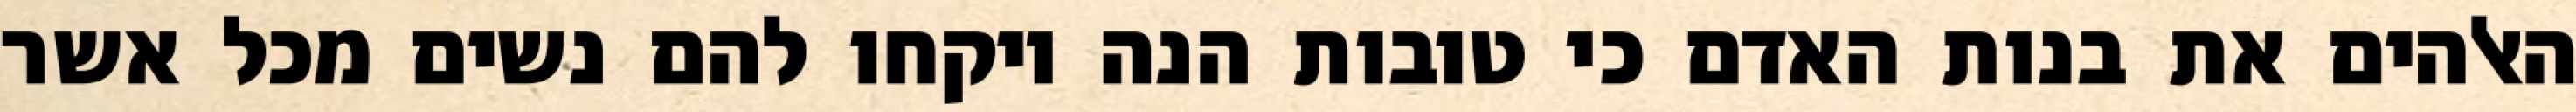
האלהים את בנות האדם כי טובות הנה ויקחו להם נשים מכל אשר